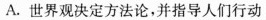
A.世界观决定方法论，并指导人们行动